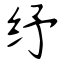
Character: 纾